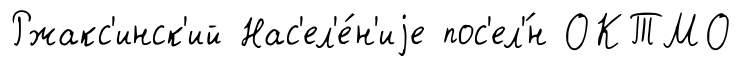
Ржакс'инск'ий Нас'ел'е́н'иjе пос'ел'́н ОКТМО